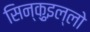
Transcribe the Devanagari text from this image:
सिन्क़ुइल्लो